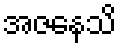
အဇနေသိ